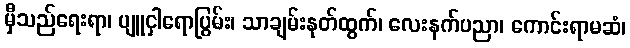
မှီသည်ရေးရာ၊ ပျူငှါရောပြွမ်း၊ သာချမ်းနုတ်ထွက်၊ လေးနက်ပညာ၊ ကောင်းရာမဆံ၊